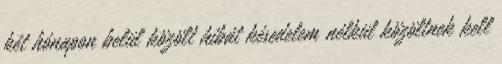
két hónapon belül közölt hibát késedelem nélkül közöltnek kell